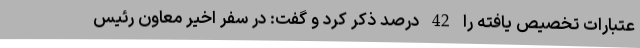
عتبارات تخصیص یافته را 42 درصد ذکر کرد و گفت: در سفر اخیر معاون رئیس